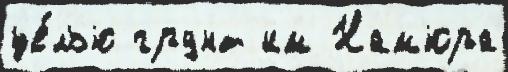
це́лью грунт им Нам'юра